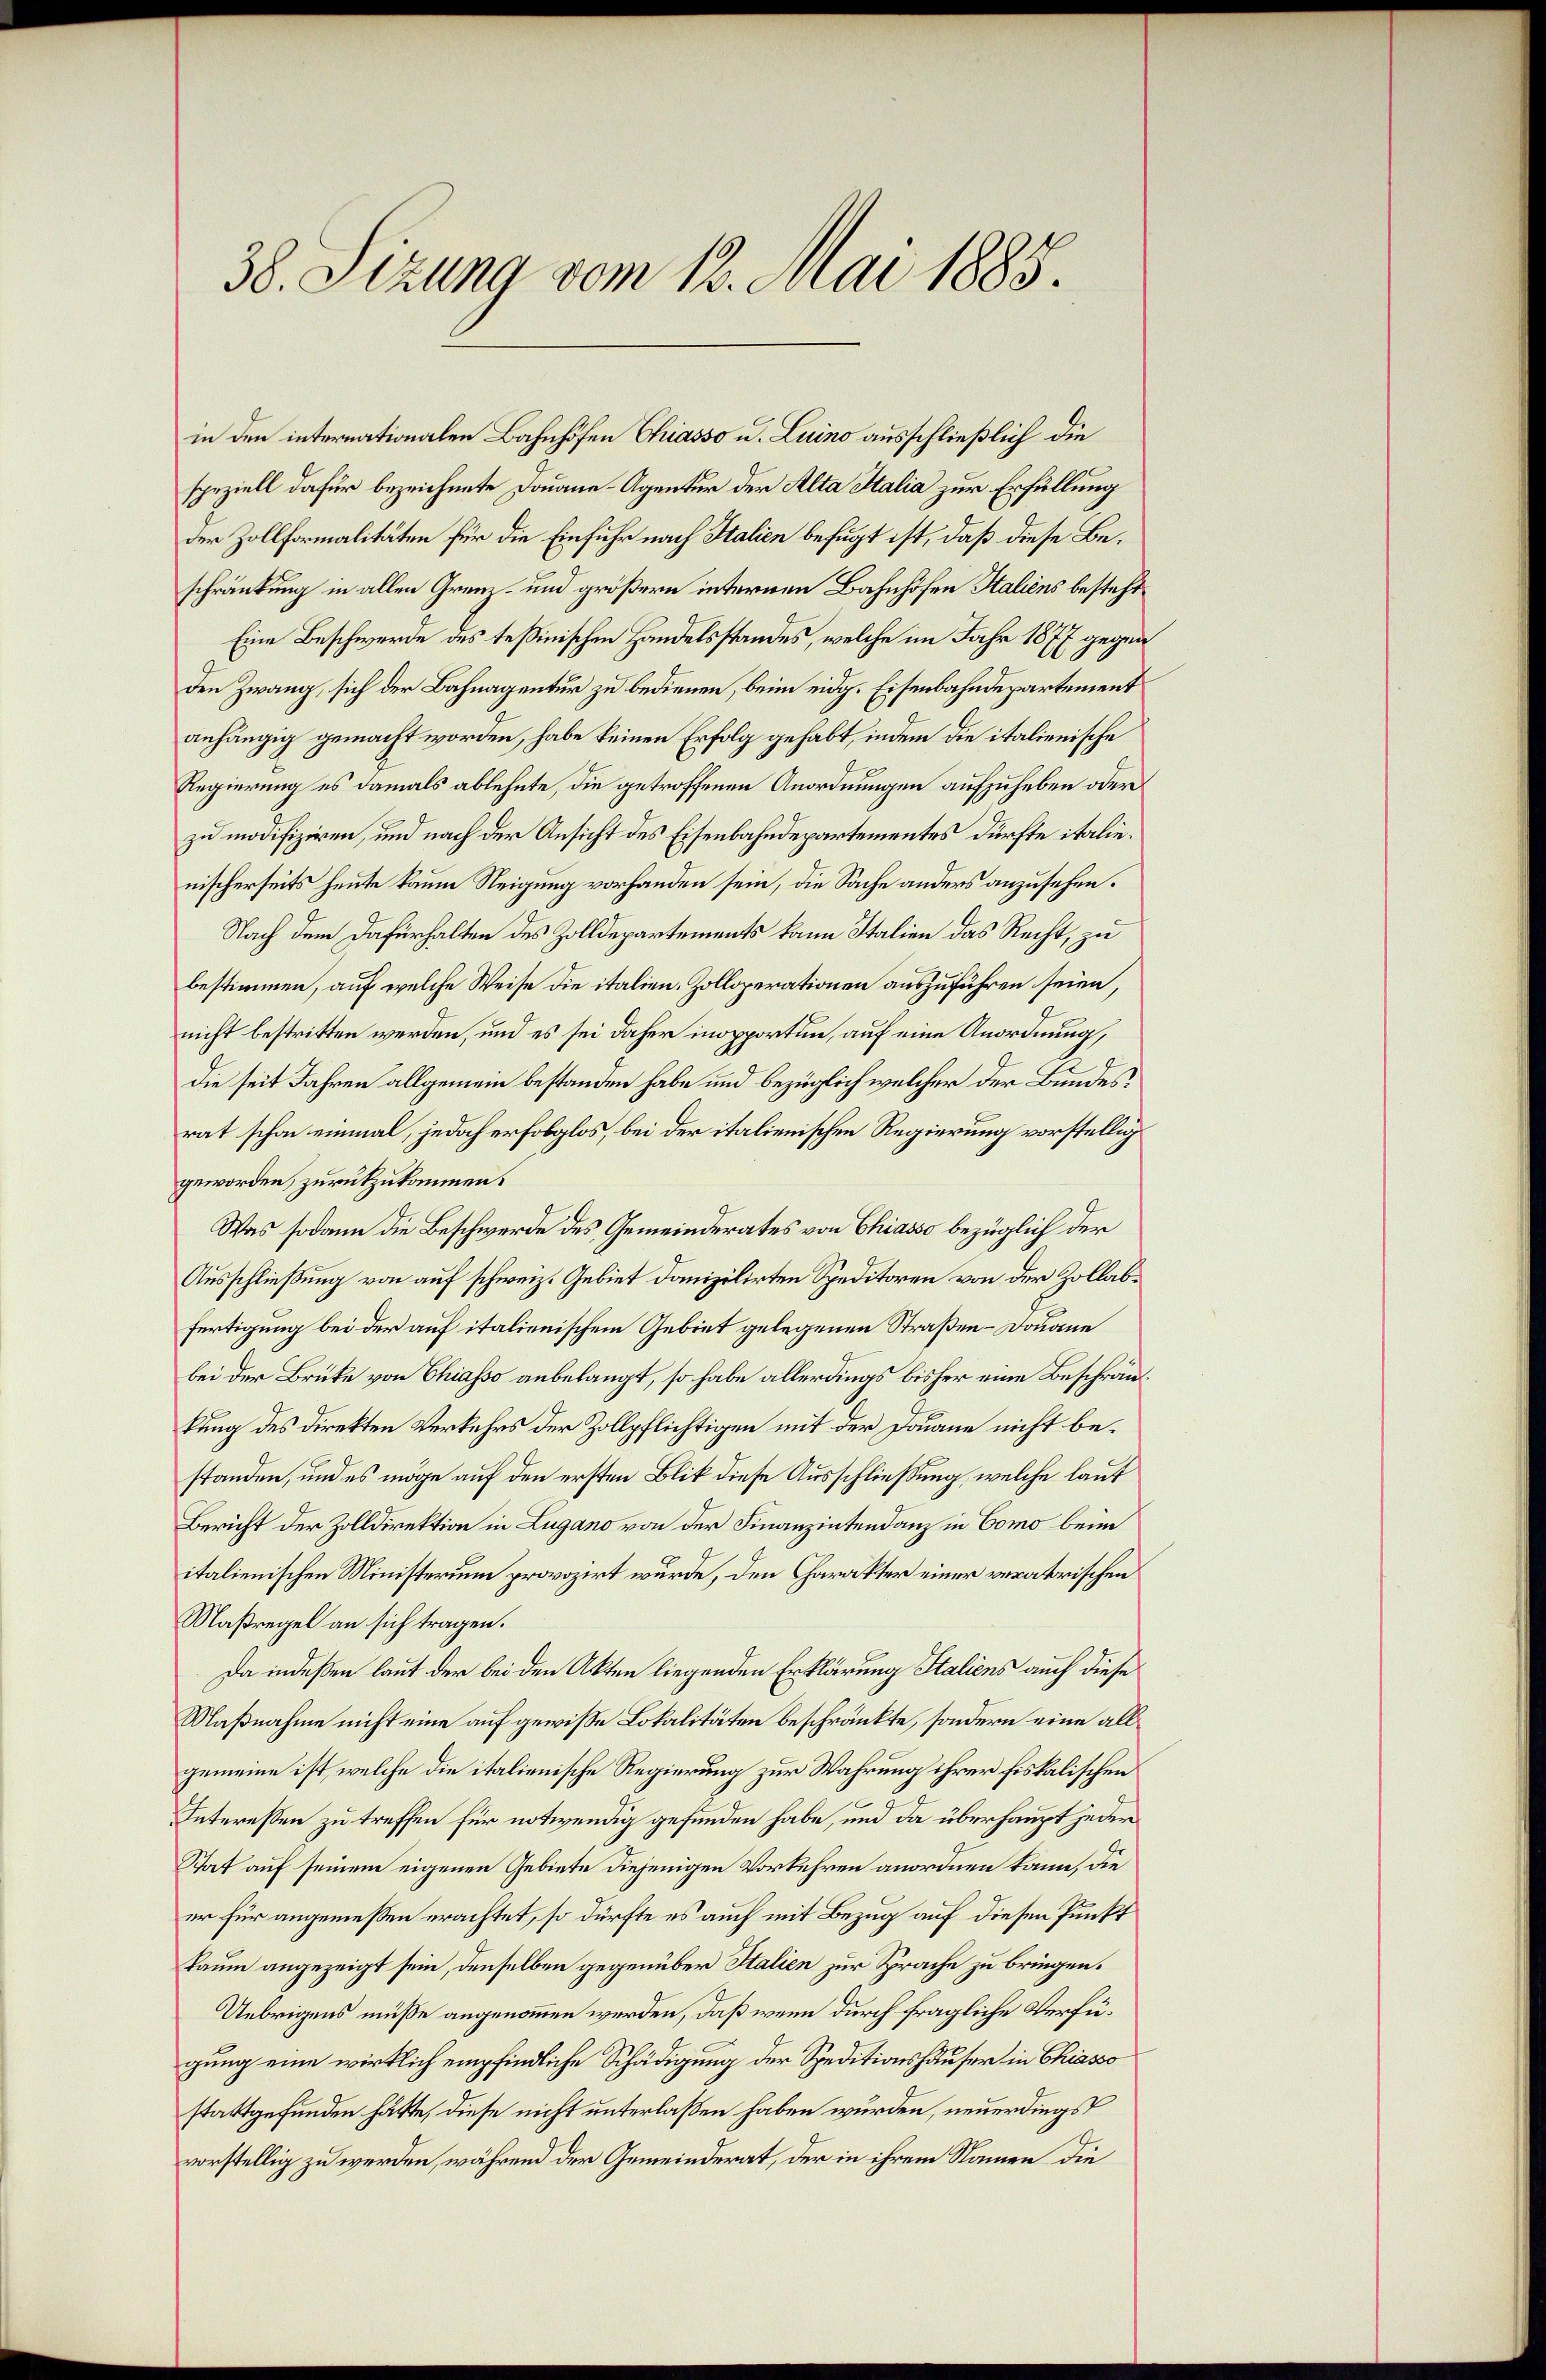
38. Sizung vom 12. Mai 1885.

speziell dafür bezeichnete Douane-Agentur der Alta Stalia zur Erfüllung
der Zollformalitäten für die Einfuhr nach Italien befugt ist, daß diese Beschränkung in allen Gren- und größern internen Bahnhofen Italiens besteht
Eine Beschwerde des Teßinischen Handelsstandes, welche im Jahr 1877 gegen
den Zwang, sich der Bahnagentur zu bedienen, beim eidg. Eisenbahndepartement
anhängig gemacht worden, habe keinen Erfolg gehabt, indem die italienische
Regierung es damals ablehnte, die getroffenen Anordnungen aufzuheben oder
zu modifiziren, und nach der Ansicht des Eisenbahndepartementes dürfte italienischerseits heute kaum Neigung vorhanden sein, die Sache anders anzusehen.
Nach dem Dafürhalten des Zolldepartements kann Italien das Recht, zu
bestimmen, auf welche Weise die italien. Zolloperationen auszuführen seien,
nicht bestritten werden, und es sei daher inopportion, auf eine Anordnung,
die seit Jahren allgemein bestanden habe und bezüglich welcher der Bundesrat schon einmal, jedoch erfolglos, bei der italienischen Regierung vorstellig
geworden, zurückzukommen.
Was sodann die Beschwerde des Gemeinderates von Chiasso bezüglich der
Ausschließung von auf schweiz. Gebiet danizilirten Speditoren von der Zollabfertigung bei der auf italienischem Gebiet gelegenen Straßen-Douane
bei der Brüke von Chiasso anbelangt, so habe allerdings bisher eine Beschränkung des Direkten Verkehrs der Zollpflichtigen mit der Douane nicht bestanden, und es möge auf den ersten Blik diese Ausschließung, welche laut
Bericht der Zolldirektion in Lugano von der Finanzintendanz in Como beim
italienischen Ministerium provozirt wurde, den Charakter einer veratrischen
Maßregel an sich tragen.
Da indeßen laut der bei den Akten liegenden Erklärung Staliens auch diese
Maßnahme nicht eine auf gewisse Lokalitäten beschränkte, sondern eine allgemeine ist, welche die italienische Regierung zur Wahrung ihrer fiskalischen
Interessen zu treffen für notwendig gefunden habe, und da überhaupt jeder
Stat auf seinem eigenen Gebiete diejenigen Vorkehren anordnen kann, die
er für angemeßen erachtet, so dürfte es auch mit Bezug auf diesen Punkt
kaum angezeigt sein, denselben gegenüber Italien zur Sprache zu bringen.
Uebrigens müsse angenommen werden, daß wenn durch fragliche Verfügung eine wirklich empfindliche Schädigung der Speditionshäuser in Chiasso
stattgefunden hätte, diese nicht unterlaßen haben wurden, neuerdings
vorstellig zu werden, während der Gemeinderat, der in ihrem Namen die

in den internationalen Bahnhöfen Chiasso u. Luino ausschließlich die